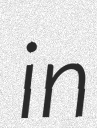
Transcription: in